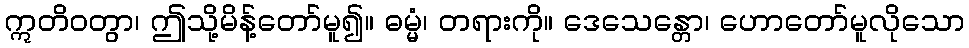
ဣတိဝတွာ၊ ဤသို့မိန့်တော်မူ၍။ ဓမ္မံ၊ တရားကို။ ဒေသေန္တော၊ ဟောတော်မူလိုသော